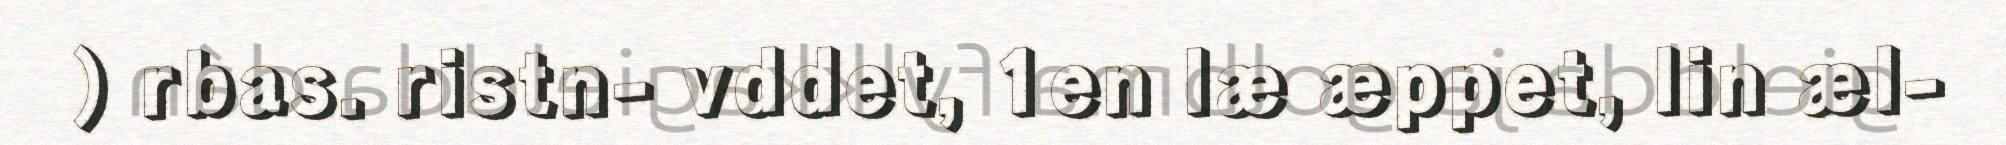
) rbas. ristn- vddet, 1en læ æppet, lin æl-